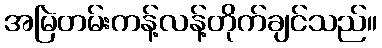
အမြဲတမ်းကန့်လန့်တိုက်ချင်သည်။